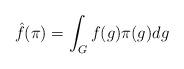
LaTeX: \begin{align*} \hat{f}(\pi) = \int_{G} f(g) \pi(g) dg \end{align*}